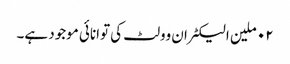
٠٢ ملین الیکٹران وولٹ کی توانائی موجود ہے۔